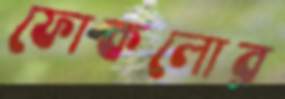
ফোকলোর